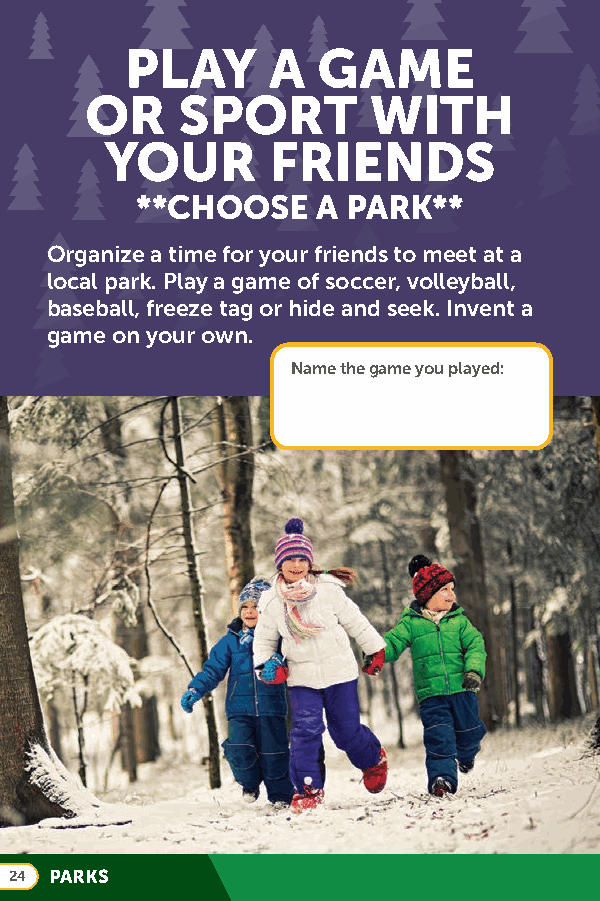
PLAY      A  GAME
 OR    SPORT       WITH
 YOUR       FRIENDS
 **CHOOSE    A PARK**
 Organize a time for your friends to meet at a
 local park. Play a game of soccer, volleyball,
 baseball, freeze tag or hide and seek. Invent a
 game on your own.
 Name the game you played:
 24 PARKS